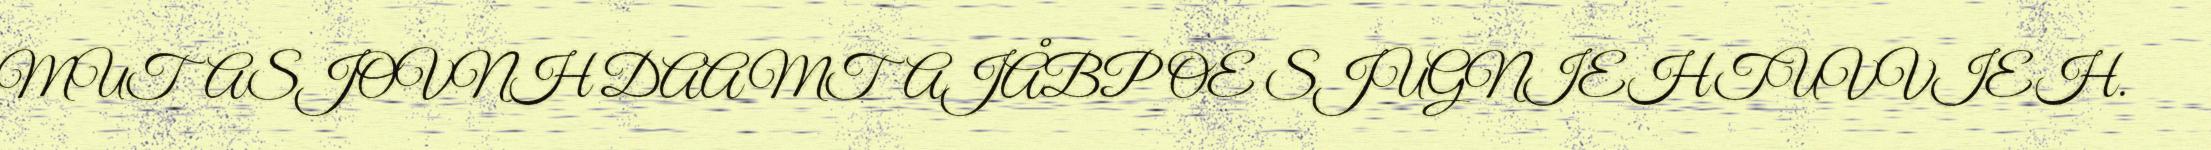
MUTASJOVNH DAAMTAJÅBPOE SJUGNIEHTUVVIEH.